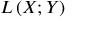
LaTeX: L \left( X ; Y \right)